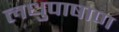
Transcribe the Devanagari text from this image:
लधुपाषाण